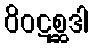
ဝိဝဋစ္ဆဒါ